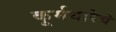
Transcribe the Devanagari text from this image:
कूर्मधारेचे